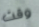
وقت